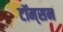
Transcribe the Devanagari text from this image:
टॉम्‌सन